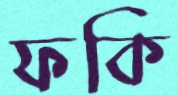
ফকি